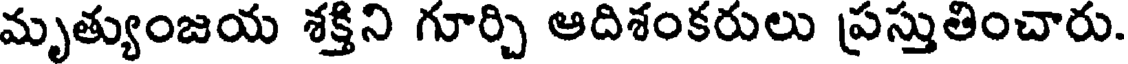
మృత్యుంజయ శక్తిని గూర్చి ఆదిశంకరులు ప్రస్తుతించారు.